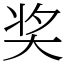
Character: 奖